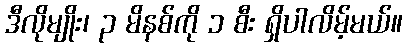
ဒီလိုမျိုး၊ ၃ မိနစ်ကို ၁ စီး ရှိပါလိမ့်မယ်။